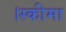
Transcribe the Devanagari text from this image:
।स्कीमा